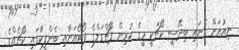
ނިއުއަށް ގެނައި ބިދޭސީ ކޯޗަކީ މީގެ ކުރިން ޕޯޗްގަލްގެ ޕޯޓޯއަށާއި ބެންފީކާގައި ކޯޗެއްގެ